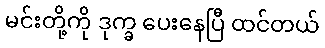
မင်းတို့ကို ဒုက္ခ ပေးနေပြီ ထင်တယ်